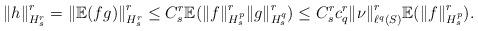
LaTeX: \begin{align*} \ {\left\Vert{h}\right\Vert}_{H_{s}^{r}}^{r}={\left\Vert{{\mathbb{E}}(fg)}\right\Vert}_{H_{s}^{r}}^{r}\leq C_{s}^{r}{\mathbb{E}}({\left\Vert{f}\right\Vert}_{H_{s}^{p}}^{r}{\left\Vert{g}\right\Vert}_{H_{s}^{q}}^{r})\leq C_{s}^{r}c_{q}^{r}{\left\Vert{\nu }\right\Vert}_{\ell ^{q}(S)}^{r}{\mathbb{E}}({\left\Vert{f}\right\Vert}_{H_{s}^{p}}^{r}).\end{align*}